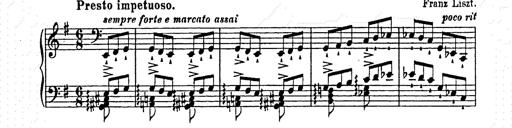
Title: Ab irato
Composer: Franz Liszt